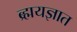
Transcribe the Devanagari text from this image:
ब्र्ह्मयज्ञात